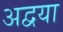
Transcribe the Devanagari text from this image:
अद्वया